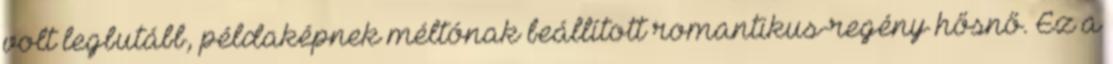
volt legbutább, példaképnek méltónak beállított romantikus-regény hősnő. Ez a